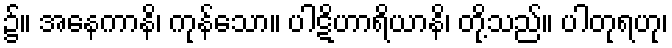
၌။ အနေကာနိ၊ ကုန်သော။ ပါဋိဟာရိယာနိ၊ တို့သည်။ ပါတုရဟု၊